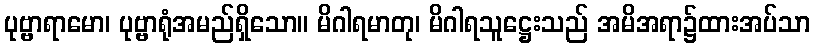
ပုဗ္ဗာရာမော၊ ပုဗ္ဗာရုံအမည်ရှိသော။ မိဂါရမာတု၊ မိဂါရသူဋ္ဌေးသည် အမိအရာ၌ထားအပ်သာ